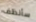
سأنظف